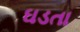
ઘડતા